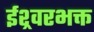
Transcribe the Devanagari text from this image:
ईश्र्वरभक्त